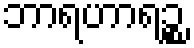
ဘာရဟာရဉ္စ